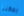
يمكننا